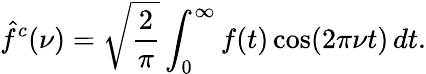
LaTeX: {\hat{f}}^{c}(\nu)={\sqrt{\frac{2}{\pi}}}\int_{0}^{\infty}f(t)\cos(2\pi\nu t)\, dt.